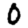
Digit: 0